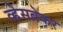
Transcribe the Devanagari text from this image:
व्हेसब्रेकर